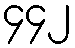
၄၄၂